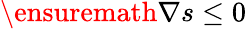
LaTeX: \ensuremath{\nabla}s\leq 0